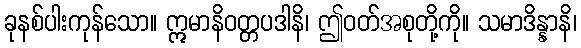
ခုနစ်ပါးကုန်သော။ ဣမာနိဝတ္တပဒါနိ၊ ဤဝတ်အစုတို့ကို။ သမာဒိန္နာနိ၊